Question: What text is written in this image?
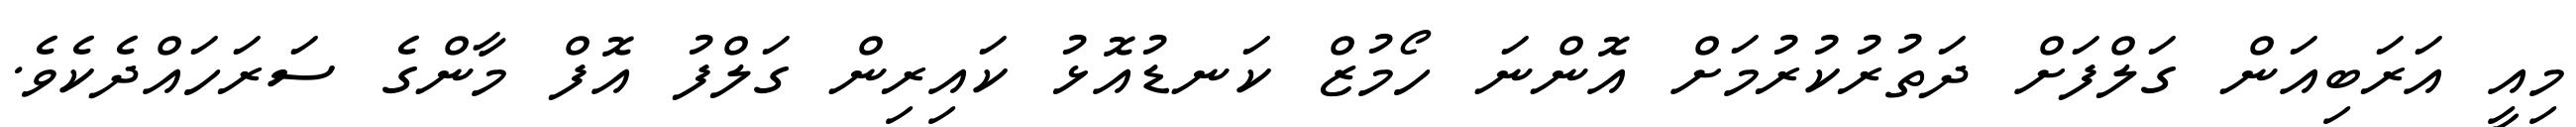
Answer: މިއީ އަރަބިއަން ގަލްފަށް ދަތުރުކުރުމަށް އޮންނަ ހޯމުޒް ކަނޑުއޮޅު ކައިރިން ގަލްފު އޮފް މާންގެ ސަރަހައްދެކެވެ.